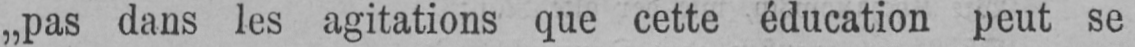
„pas dans les agitations que cette éducation peut se